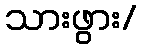
သားဖွား/